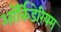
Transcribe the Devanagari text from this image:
ऑर्किडेरियम